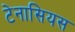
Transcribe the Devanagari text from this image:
टेनासियस